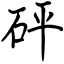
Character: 砰